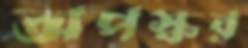
অপস্কর